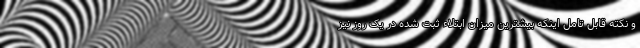
و نکته قابل تامل اینکه بیشترین میزان ابتلاء ثبت شده در یک روز نیز